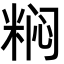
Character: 𬖟